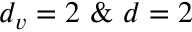
d _ { v } = 2 \ \& \ d = 2